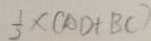
\frac { 1 } { 2 } \times ( A D + B C )